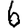
Digit: 6